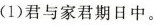
(1)君与家君期日中。